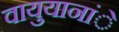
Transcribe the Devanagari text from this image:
वायुयानांे